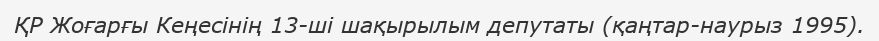
ҚР Жоғарғы Кеңесінің 13-ші шақырылым депутаты (қаңтар-наурыз 1995).